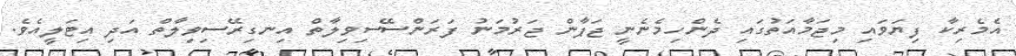
އެމެރިކާ ފިޔަވައި މިޖަމާއަތުގައި ދެންހިމެނެނީ ޖަޕާން ޖަރުމަނު ފަރަންސޭސިވިލާތް އިނގިރޭސިވިލާތް އަދި އިޓަލީއެވެ.